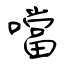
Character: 噹